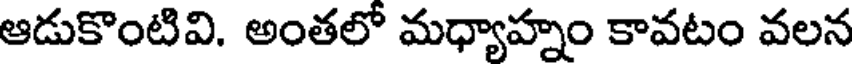
ఆడుకొంటివి. అంతలో మధ్యాహ్నం కావటం వలన